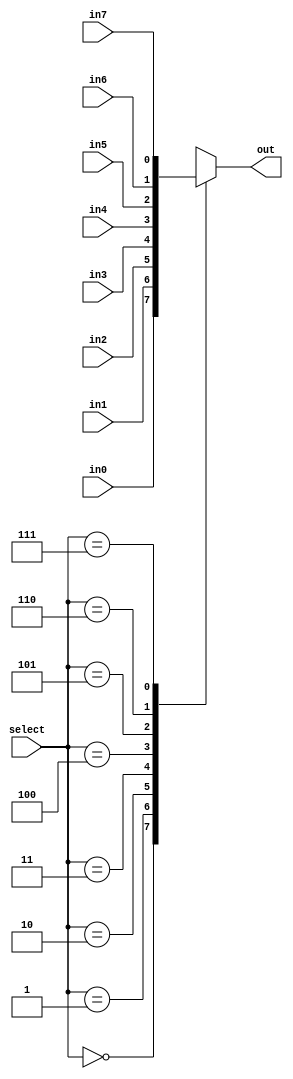
// 8x1 mux using behavioural modeling

module mux_8x1(select, in0, in1, in2, in3, in4, in5, in6, in7, out);
 
  input in0, in1, in2, in3, in4, in5, in6, in7;
  input [2:0]select;
  output reg out;
  
  always @(*)
    begin
      case(select)
        3'b000: out=in0;
		3'b001: out=in1;
		3'b010: out=in2;
		3'b011: out=in3;
		3'b100: out=in4;
		3'b101: out=in5;
		3'b110: out=in6;
		3'b111: out=in7;
        default: out = 1'b0;
      endcase
    end
  
endmodule